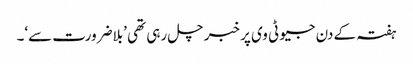
ہفتہ کے دن جیو ٹی وی پر خبر چل رہی تھی ’بلاضرورت سے‘۔